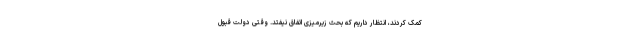
کمک کردند، انتظار داریم که بحث زیرمیزی اتفاق نیفتد. وقتی دولت قبول